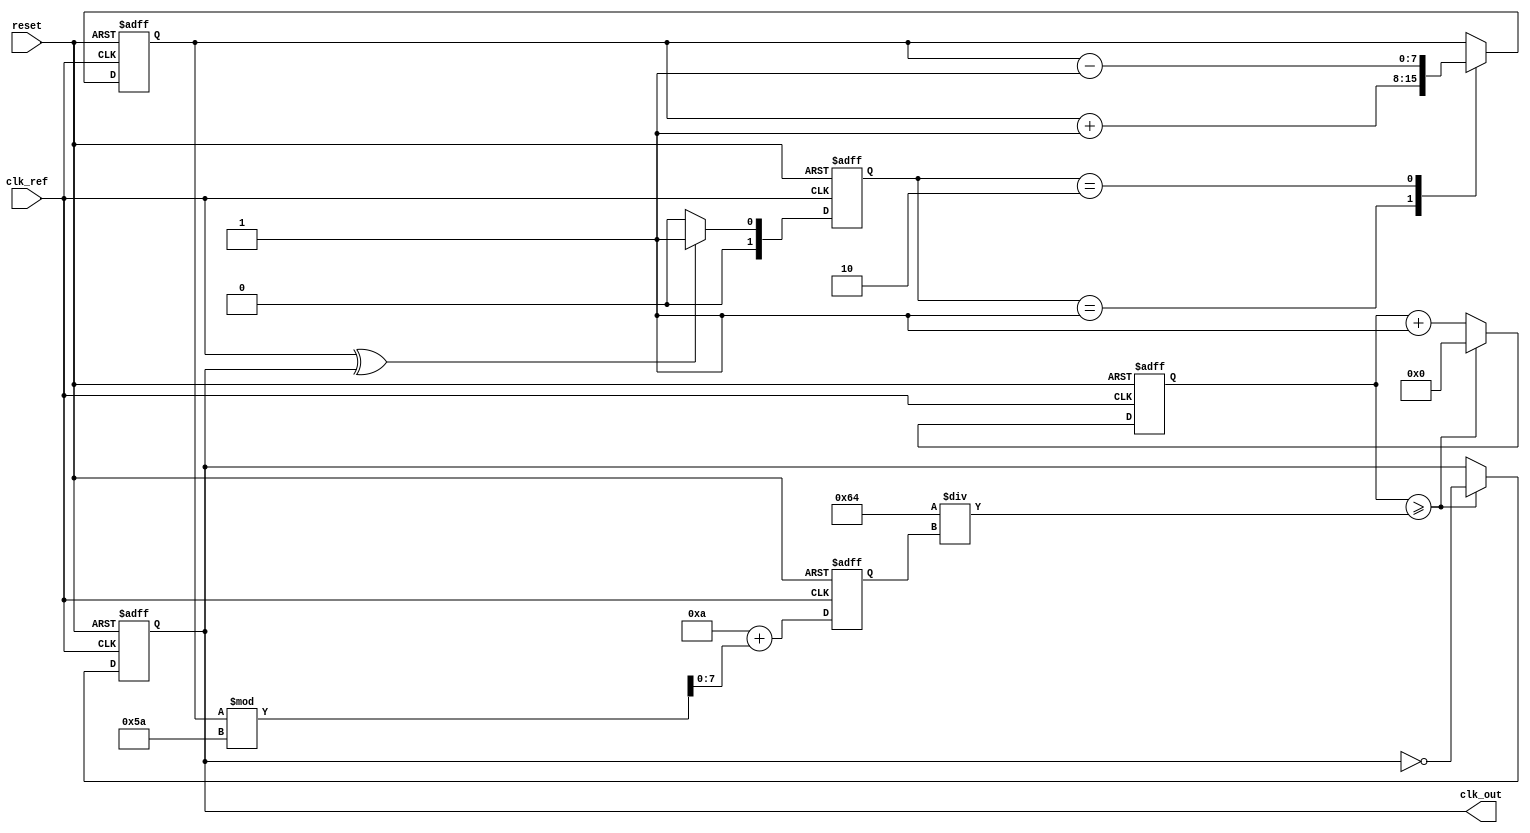
module PLL (
    input wire clk_ref,       // Reference clock input
    input wire reset,         // Reset signal
    output reg clk_out        // Output clock
);

// Parameters for frequency division and VCO behavior
parameter DIV_FACTOR = 4;    // Frequency divider factor
parameter VCO_MAX_FREQ = 100; // Max VCO frequency
parameter VCO_MIN_FREQ = 10;  // Min VCO frequency

// Internal signals
reg [1:0] phase_error;        // Phase error signal from phase detector
reg [7:0] control_voltage;     // Control voltage for VCO
reg [7:0] vco_freq;            // Frequency output from VCO
reg [31:0] counter;            // Counter for generating output clock

// Phase Detector
always @(posedge clk_ref or posedge reset) begin
    if (reset) begin
        phase_error <= 2'b00;
    end else begin
        // Simple phase detector (XOR based)
        phase_error <= (clk_ref ^ clk_out) ? 2'b01 : 2'b00; // Phase error signal
    end
end

// Charge Pump
always @(posedge clk_ref or posedge reset) begin
    if (reset) begin
        control_voltage <= 8'b00000000;
    end else begin
        // Charge pump logic
        case (phase_error)
            2'b01: control_voltage <= control_voltage + 1; // Increase control voltage
            2'b10: control_voltage <= control_voltage - 1; // Decrease control voltage
            default: control_voltage <= control_voltage;     // Hold
        endcase
    end
end

// Loop Filter (Simple low-pass filter)
always @(posedge clk_ref or posedge reset) begin
    if (reset) begin
        vco_freq <= VCO_MIN_FREQ;
    end else begin
        // Simple loop filter: scale control voltage to VCO frequency
        vco_freq <= VCO_MIN_FREQ + (control_voltage % (VCO_MAX_FREQ - VCO_MIN_FREQ));
    end
end

// Voltage-Controlled Oscillator (VCO)
always @(posedge clk_ref or posedge reset) begin
    if (reset) begin
        clk_out <= 1'b0;
        counter <= 0;
    end else begin
        // Generate output clock based on VCO frequency
        counter <= counter + 1;
        if (counter >= (100 / vco_freq)) begin // Adjust 100 for desired clock period
            clk_out <= ~clk_out; // Toggle output clock
            counter <= 0;
        end
    end
end

// Frequency Divider (Feedback path)
reg [1:0] div_counter; // Counter for frequency division
always @(posedge clk_out or posedge reset) begin
    if (reset) begin
        div_counter <= 0;
    end else begin
        if (div_counter == (DIV_FACTOR - 1)) begin
            div_counter <= 0; // Reset divider counter
            // Feedback to phase detector could be implemented here
        end else begin
            div_counter <= div_counter + 1;
        end
    end
end

endmodule